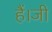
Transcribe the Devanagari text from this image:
हैं।जी